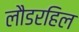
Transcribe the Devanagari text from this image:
लौडरहिल